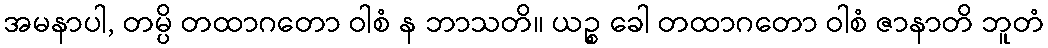
အမနာပါ, တမ္ပိ တထာဂတော ဝါစံ န ဘာသတိ။ ယဉ္စ ခေါ တထာဂတော ဝါစံ ဇာနာတိ ဘူတံ